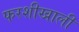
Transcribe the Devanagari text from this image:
फरशीखाली